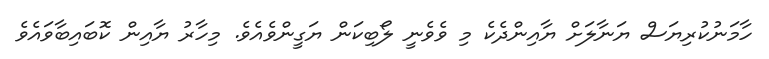
ހާމަނުކުރިޔަސް ޔަނާލަށް ޔާއިންދެކެ މި ވެވެނީ ލޯބިކަން ޔަގީންވެއެވެ. މިހާރު ޔާއިން ކޮބައިބާވައެވެ